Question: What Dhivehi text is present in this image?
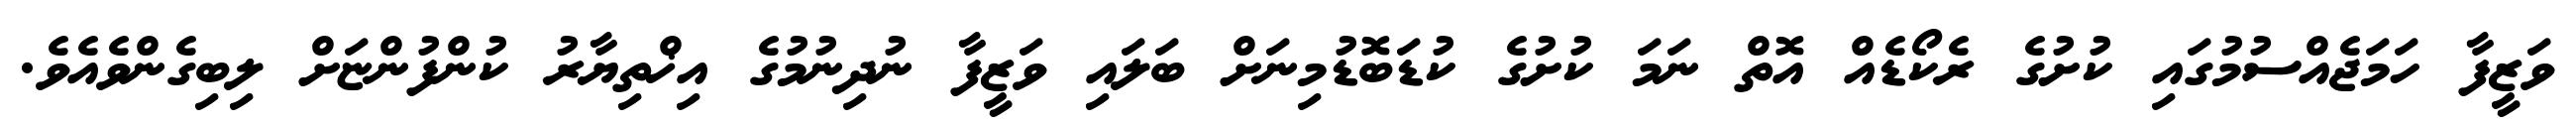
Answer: ވަޒީފާ ހަމަޖެއްސުމުގައި ކުށުގެ ރެކޯޑެއް އޮތް ނަމަ ކުށުގެ ކުޑަބޮޑުމިނަށް ބަލައި ވަޒީފާ ނުދިނުމުގެ އިޚްތިޔާރު ކުންފުންޏަށް ލިބިގެންވެއެވެ.